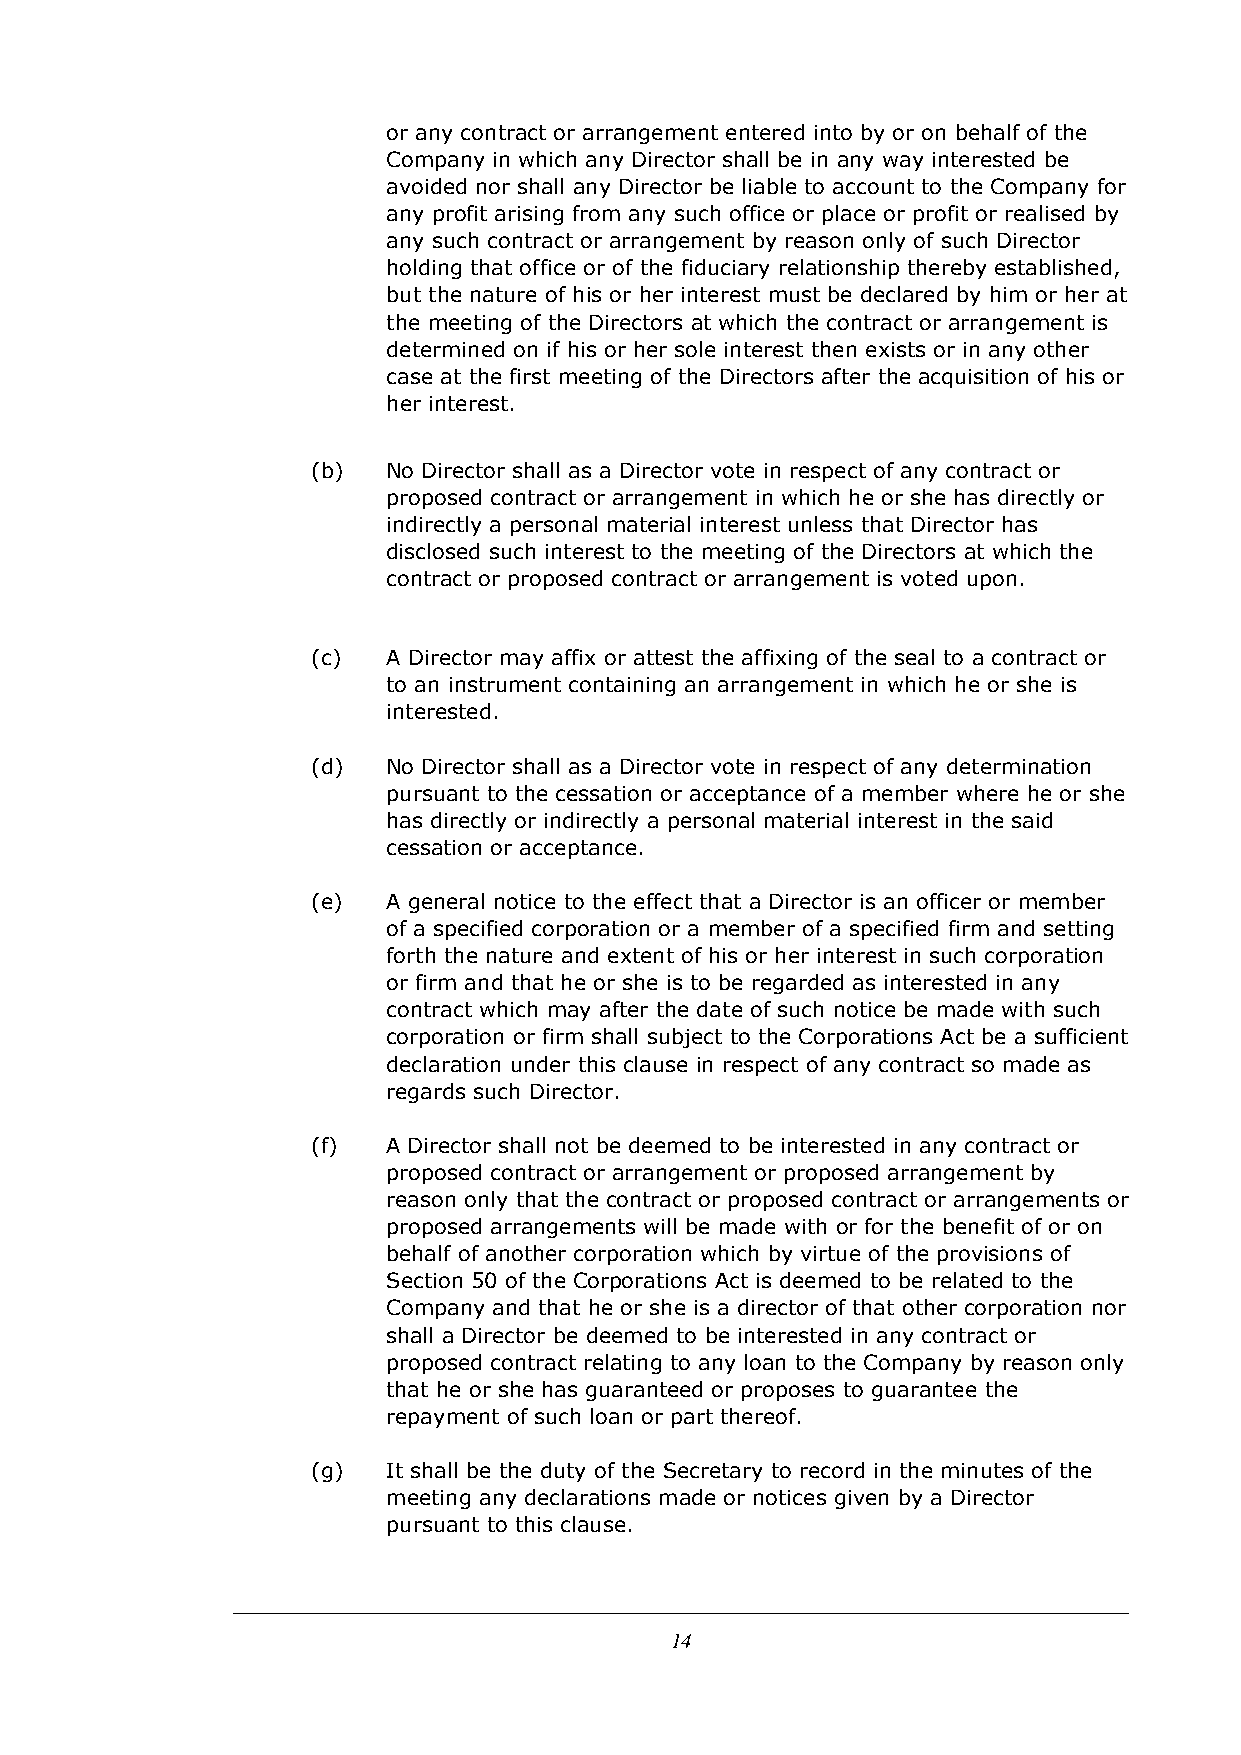
or any contract or arrangement entered into by or on behalf of the
 Company in which any Director shall be in any way interested be
 avoided nor shall any Director be liable to account to the Company for
 any profit arising from any such office or place or profit or realised by
 any such contract or arrangement by reason only of such Director
 holding that office or of the fiduciary relationship thereby established,
 but the nature of his or her interest must be declared by him or her at
 the meeting of the Directors at which the contract or arrangement is
 determined on if his or her sole interest then exists or in any other
 case at the first meeting of the Directors after the acquisition of his or
 her interest.
 (b)  No Director shall as a Director vote in respect of any contract or
 proposed contract or arrangement in which he or she has directly or
 indirectly a personal material interest unless that Director has
 disclosed such interest to the meeting of the Directors at which the
 contract or proposed contract or arrangement is voted upon.
 (c)  A Director may affix or attest the affixing of the seal to a contract or
 to an instrument containing an arrangement in which he or she is
 interested.
 (d)  No Director shall as a Director vote in respect of any determination
 pursuant to the cessation or acceptance of a member where he or she
 has directly or indirectly a personal material interest in the said
 cessation or acceptance.
 (e)  A general notice to the effect that a Director is an officer or member
 of a specified corporation or a member of a specified firm and setting
 forth the nature and extent of his or her interest in such corporation
 or firm and that he or she is to be regarded as interested in any
 contract which may after the date of such notice be made with such
 corporation or firm shall subject to the Corporations Act be a sufficient
 declaration under this clause in respect of any contract so made as
 regards such Director.
 (f)  A Director shall not be deemed to be interested in any contract or
 proposed contract or arrangement or proposed arrangement by
 reason only that the contract or proposed contract or arrangements or
 proposed arrangements will be made with or for the benefit of or on
 behalf of another corporation which by virtue of the provisions of
 Section 50 of the Corporations Act is deemed to be related to the
 Company and that he or she is a director of that other corporation nor
 shall a Director be deemed to be interested in any contract or
 proposed contract relating to any loan to the Company by reason only
 that he or she has guaranteed or proposes to guarantee the
 repayment of such loan or part thereof.
 (g)  It shall be the duty of the Secretary to record in the minutes of the
 meeting any declarations made or notices given by a Director
 pursuant to this clause.
 14